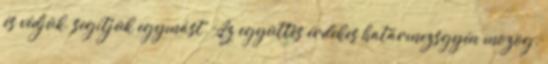
és védjük, segítjük egymást. Az együttes érdekes határmezsgyén mozog.